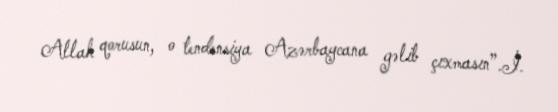
Allah qorusun, o tendensiya Azərbaycana gəlib çıxmasın”.İ.